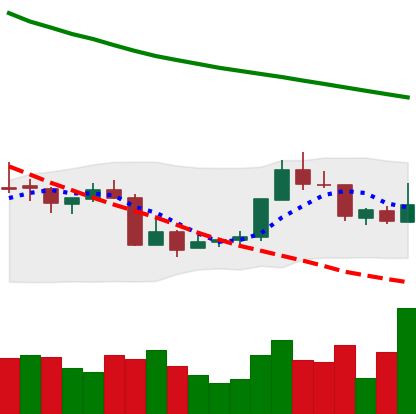
Ticker: XMR-USD
Chart end date: 2018-07-23
Forward return: 4.359%
Label: up_3_5